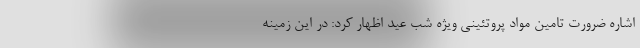
اشاره ضرورت تامین مواد پروتئینی ویژه شب عید اظهار کرد: در این زمینه